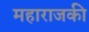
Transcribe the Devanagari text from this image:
महाराजकी